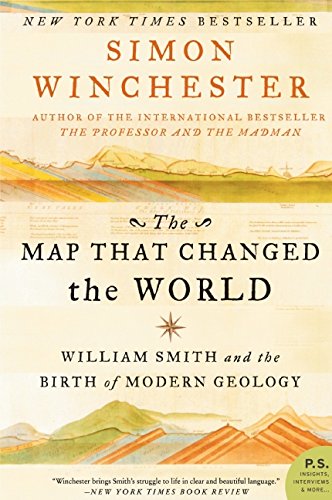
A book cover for The Map That Changed the World: William Smith and the Birth of Modern Geology; Simon Winchester; Science & Math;